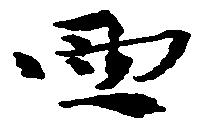
西